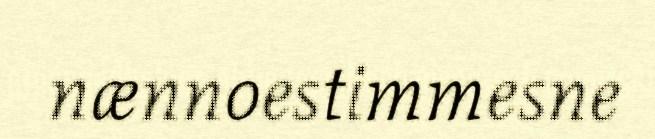
nænnoestimmesne